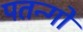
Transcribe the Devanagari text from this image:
पतन्‍गों